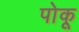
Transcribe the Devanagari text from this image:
पोकू